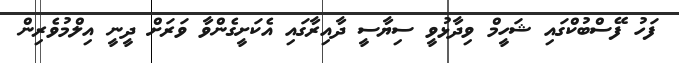
ފަހު ފޭސްބުކްގައި ޝަހީމް ވިދާޅުވީ ސިޔާސީ ދާއިރާގައި އެކަށީގެންވާ ވަރަށް ދީނީ އިލްމުވެރިން